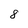
Character: 8